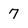
Character: 7